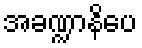
အခဏ္ဍာနိပေ